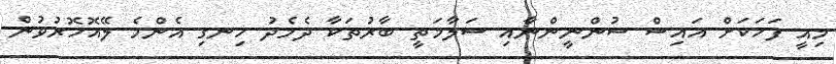
މިއީ ފަހަކަށް އައިސް ސުންނީންނާއި ސަލާމަތީ ބާރުތަކާ ދެމެދު ހިނގި އެންމެ ލޭއޮހޮރުވުން